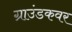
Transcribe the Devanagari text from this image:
ग्राउंडकवर